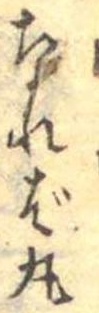
なれば丸